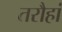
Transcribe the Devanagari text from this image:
तरौहां